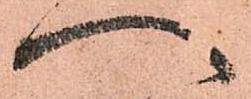
へ